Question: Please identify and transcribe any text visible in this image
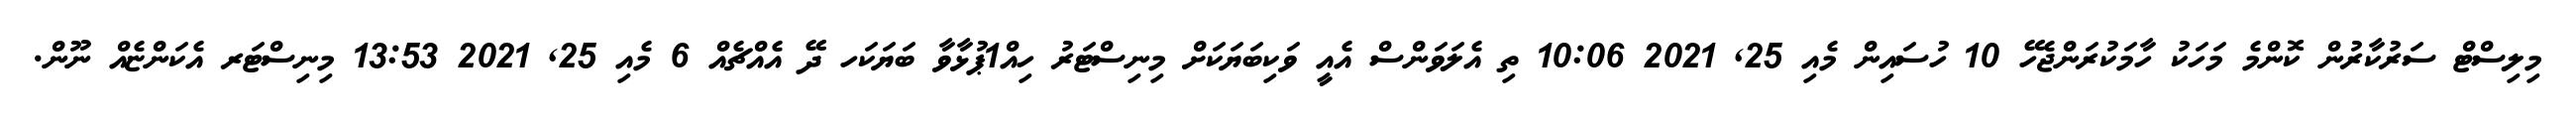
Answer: މިލިސްޓް ސަރުކާރުން ކޮންމެ މަހަކު ހާމަކުރަންޖެހޭ 10 ހުސައިން މެއި 25, 2021 10:06 ތި އެލަވަންސް އެއީ ވަކިބަޔަކަށް މިނިސްޓަރު ހިއ1ްޕުޅާވާ ބަޔަކަހ ދޭ އެއްޗެއް 6 މެއި 25, 2021 13:53 މިނިސްޓަރ އެކަންޏެއް ނޫން.